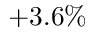
+ 3 . 6 \%